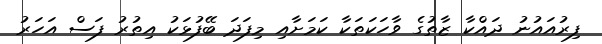
ފިރުއައުނު ދައްކާ ޒާތުގެ ވާހަކަތަކާ ކަމަށާއި މިފަދަ ބޭފުޅަކު އިތުރު ފަސް އަހަރު